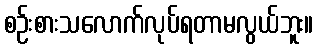
စဉ်းစားသလောက်လုပ်ရတာမလွယ်ဘူး။